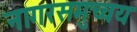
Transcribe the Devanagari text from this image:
नागरसमुच्चय